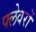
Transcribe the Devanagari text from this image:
फ्लेवरों